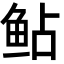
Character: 鲇